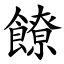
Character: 䭜